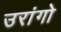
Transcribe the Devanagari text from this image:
उरांगो